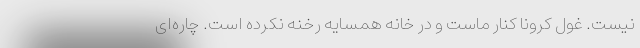
نیست. غول کرونا کنار ماست و در خانه همسایه رخنه نکرده است. چاره‌ای